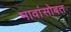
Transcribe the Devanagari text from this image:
भावांसोबत